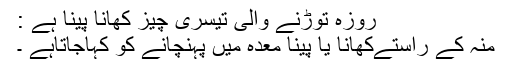
روزہ توڑنے والی تیسری چيز کھانا پینا ہے :
منہ کے راستےکھانا یا پینا معدہ میں پہنچانے کو کہاجاتاہے ۔